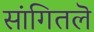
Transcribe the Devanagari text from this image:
सांगितलॆ